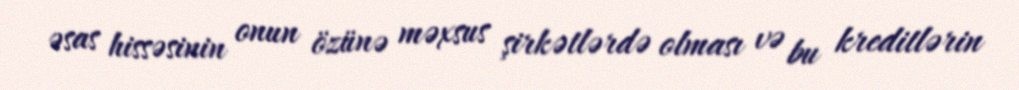
əsas hissəsinin onun özünə məxsus şirkətlərdə olması və bu kreditlərin